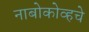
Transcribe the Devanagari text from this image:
नाबोकोव्हचे